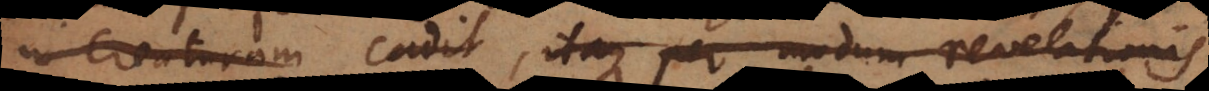
eaturam cadit, itaque per modum revelationis